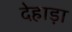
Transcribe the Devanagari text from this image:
देहाड़ा